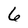
Character: 6